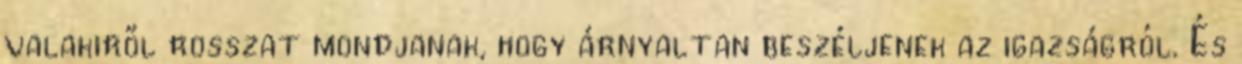
valakiről rosszat mondjanak, hogy árnyaltan beszéljenek az igazságról. És